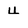
Character: 4